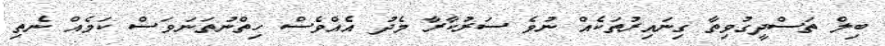
ބިލް ތަސްދީގުވިތާ ގިނައިރުތަކެއް ނުވެ ސަރުކާރާ މެދު އެއްވެސް ހިތްނުތަނަވަސް ކަމެއް ނެތި